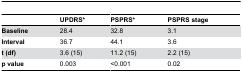
|  | UPDRS* | PSPRS* | PSPRS stage |
 | --- | --- | --- | --- |
 | Baseline | 28.4 | 32.8 | 3.1 |
 | Interval | 36.7 | 44.1 | 3.6 |
 | t (df) | 3.6 (15) | 11.2 (15) | 2.2 (15) |
 | p value | 0.003 | <0.001 | 0.02 |